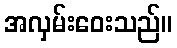
အလှမ်းဝေးသည်။